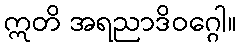
ဣတိ အရညာဒိဝဂ္ဂေါ။